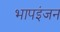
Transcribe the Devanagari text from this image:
भापइंजन